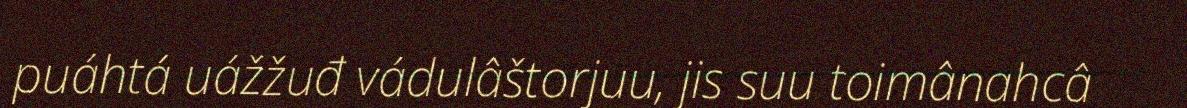
puáhtá uážžuđ vádulâštorjuu, jis suu toimânahcâ